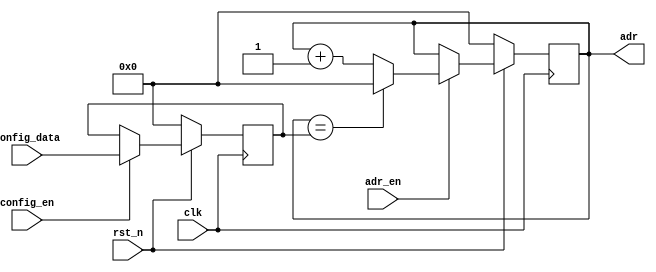
module adr_gen_sequential
#( 
  parameter BANK_ADDR_WIDTH = 32
)(
  input clk,
  input rst_n,
  input adr_en,
  output [BANK_ADDR_WIDTH - 1 : 0] adr,
  input config_en,
  input [BANK_ADDR_WIDTH - 1 : 0] config_data
);

  reg [BANK_ADDR_WIDTH - 1 : 0] config_block_max;

  // This is a common sequential address generator, reused with input write,
  // weight write, weight read, output write, output read and output read for
  // writeback address generators. The only difference is what the
  // config_block_max would be set to in each case. config_block_max is the
  // maximum address generated by the address generator (the last address for
  // the block/tile of data), after that it goes back to 0. So the sequence of
  // addresses would be: 0, 1, 2, ..., config_block_max, 0, 1, 2 and so on.
 
  // You need to generate the adr output, but make sure you increment/step the
  // address generator only when adr_en is high. Also reset all registers when
  // rst_n is low. When config_en is high, store the value on config_data into
  // config_block_max (this is done initially to configure the address
  // generator to generate the desired sequence, before starting the
  // convolution).

  // Your code starts here
  wire last_adr_w;

  always @ (posedge clk) begin
    if (rst_n) begin
      if (config_en) begin
        config_block_max <= config_data; 
      end
    end else begin
      config_block_max <= 0;
    end
  end
  
  reg [BANK_ADDR_WIDTH - 1 : 0] adr_r;
  
  always @ (posedge clk) begin
    if (rst_n) begin
      if (adr_en) begin
        adr_r <= last_adr_w ? 0 : adr_r + 1;
      end
    end else begin
      adr_r <= 0;
    end
  end

  assign adr = adr_r;
  assign last_adr_w = (adr_r == config_block_max);
  // Your code ends here
endmodule